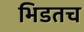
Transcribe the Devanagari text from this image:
भिडतच